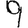
Digit: 9